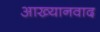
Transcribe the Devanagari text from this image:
आख्यानवाद